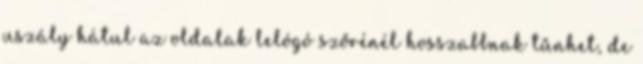
uszály hátul az oldalak lelógó szőrénél hosszabbnak tűnhet, de